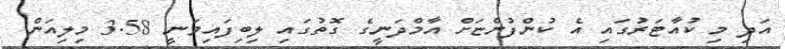
އަދި މި ކުއާޓަރުގައި އެ ކުންފުންޏަށް އާމްދަނީގެ ގޮތުގައި ލިބިފައިވަނީ 3.58 މިލިއަން